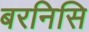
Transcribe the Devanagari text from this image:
बरनिसि